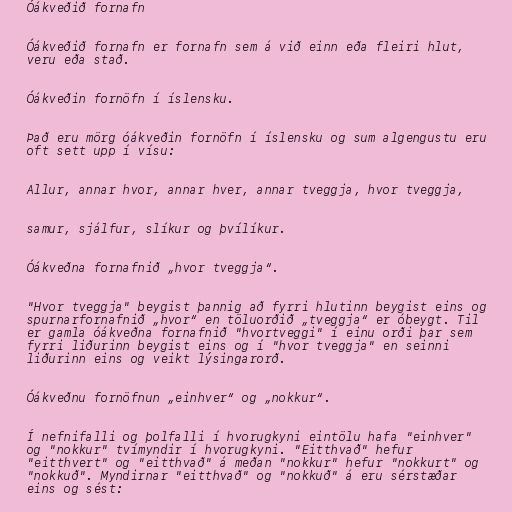
Óákveðið fornafn

Óákveðið fornafn er fornafn sem á við einn eða fleiri hlut,
veru eða stað.

Óákveðin fornöfn í íslensku.

Það eru mörg óákveðin fornöfn í íslensku og sum algengustu eru
oft sett upp í vísu:

Allur, annar hvor, annar hver, annar tveggja, hvor tveggja,

samur, sjálfur, slíkur og þvílíkur.

Óákveðna fornafnið „hvor tveggja“.

"Hvor tveggja" beygist þannig að fyrri hlutinn beygist eins og
spurnarfornafnið „hvor“ en töluorðið „tveggja“ er óbeygt. Til
er gamla óákveðna fornafnið "hvortveggi" í einu orði þar sem
fyrri liðurinn beygist eins og í "hvor tveggja" en seinni
liðurinn eins og veikt lýsingarorð.

Óákveðnu fornöfnun „einhver“ og „nokkur“.

Í nefnifalli og þolfalli í hvorugkyni eintölu hafa "einhver"
og "nokkur" tvímyndir í hvorugkyni. "Eitthvað" hefur
"eitthvert" og "eitthvað" á meðan "nokkur" hefur "nokkurt" og
"nokkuð". Myndirnar "eitthvað" og "nokkuð" á eru sérstæðar
eins og sést: